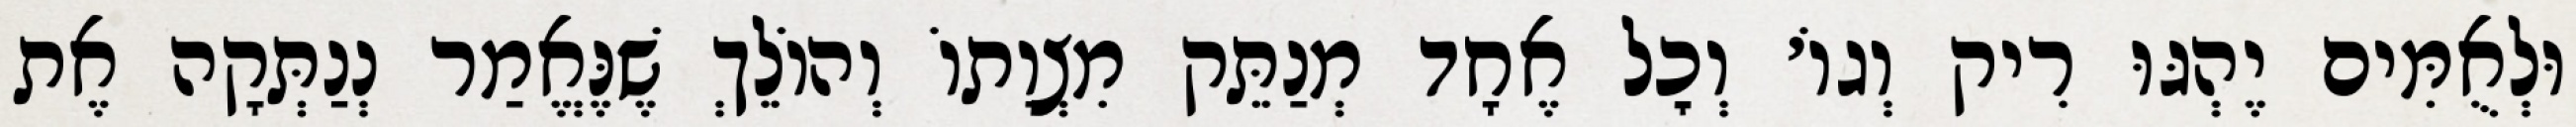
וּלְאֻמִּים יֶהְגּוּ רִיק וְגוֹ׳ וְכׇל אֶחָד מְנַתֵּק מִצְוָתוֹ וְהוֹלֵךְ שֶׁנֶּאֱמַר נְנַתְּקָה אֶת